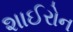
શાઈરોન